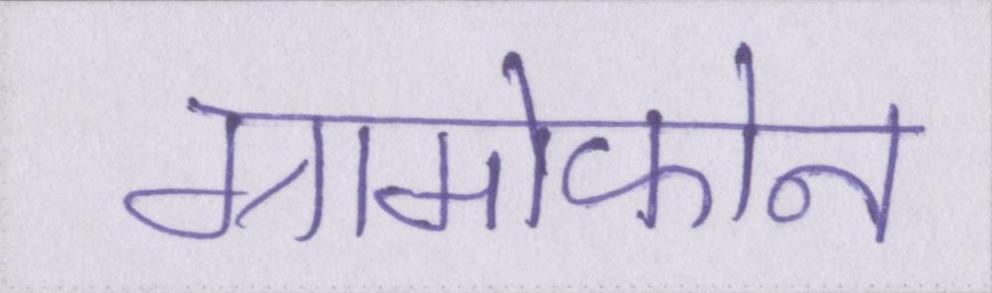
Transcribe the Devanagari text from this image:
ग्रामोफोन